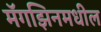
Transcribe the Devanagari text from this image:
मॅगझिनमधील